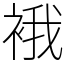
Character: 𧚄